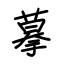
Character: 摹